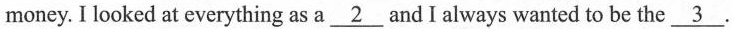
money. I looked at everything as a \underline{2} and I always wanted to be the \underline{3}.